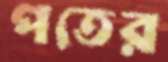
পতের